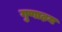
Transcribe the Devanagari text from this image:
गुणाढ़य